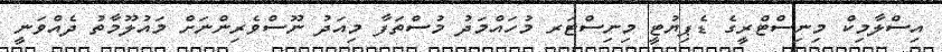
އިސްލާމިކް މިނިސްޓްރީގެ ޑެޕިޔުޓީ މިނިސްޓަރ މުހައްމަދު މުސްތަފާ މިއަދު ނޫސްވެރިންނަށް މައުލޫމާތު ދެއްވަނީ